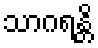
သာဂရန္တိ